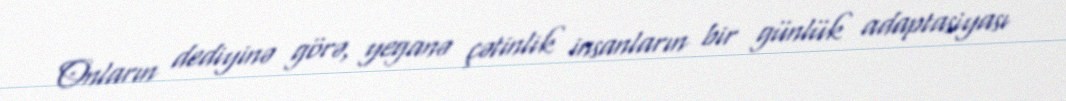
Onların dediyinə görə, yeganə çətinlik insanların bir günlük adaptasiyası